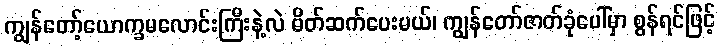
ကျွန်တော့်ယောက္ခမလောင်းကြီးနဲ့လဲ မိတ်ဆက်ပေးမယ်၊ ကျွန်တော်ဇာတ်ခုံပေါ်မှာ စွန်ရင်ဖြင့်